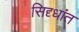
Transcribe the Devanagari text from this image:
सिद्द्धांत